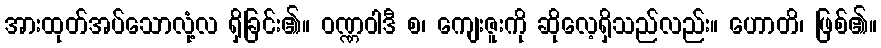
အားထုတ်အပ်သောလုံ့လ ရှိခြင်း၏။ ဝဏ္ဏဝါဒီ စ၊ ကျေးဇူးကို ဆိုလေ့ရှိသည်လည်း။ ဟောတိ၊ ဖြစ်၏။